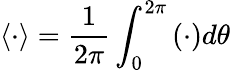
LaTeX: \langle\cdot\rangle=\frac{1}{2\pi}\int_{0}^{2\pi}\left(\cdot\right)d\theta